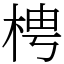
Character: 梬